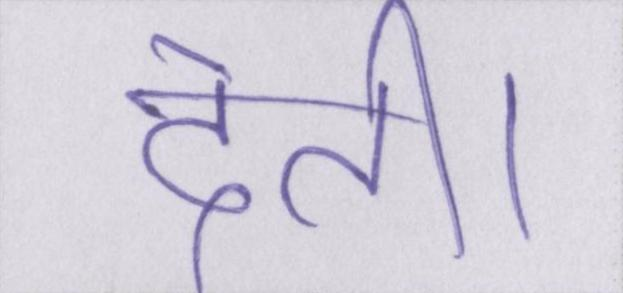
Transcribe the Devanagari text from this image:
देती।